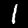
Label: 1